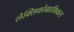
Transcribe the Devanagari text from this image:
लेक्सिकोग्राफिकल